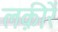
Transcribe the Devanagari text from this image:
लक़ीरें